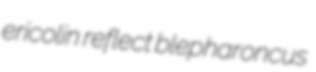
ericolin reflect blepharoncus